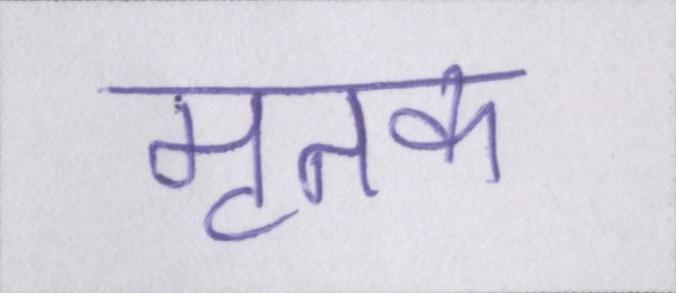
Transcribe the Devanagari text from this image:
मृतक